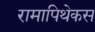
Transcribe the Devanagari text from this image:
रामापिथेकस